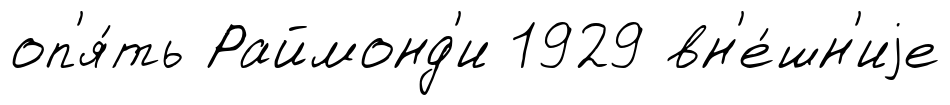
оп'я́ть Раймонд'и 1929 вн'е́шн'иjе